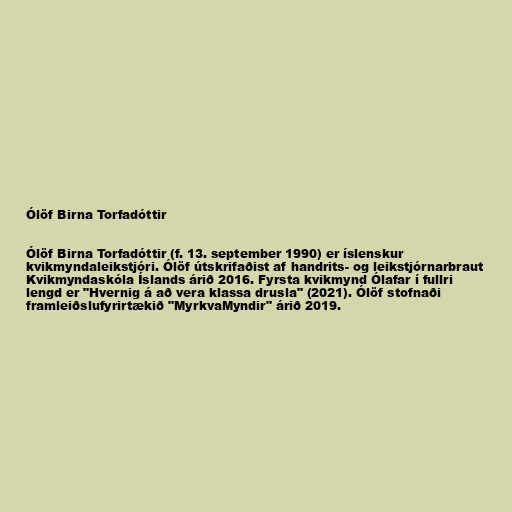
Ólöf Birna Torfadóttir

Ólöf Birna Torfadóttir (f. 13. september 1990) er íslenskur
kvikmyndaleikstjóri. Ólöf útskrifaðist af handrits- og leikstjórnarbraut
Kvikmyndaskóla Íslands árið 2016. Fyrsta kvikmynd Ólafar í fullri
lengd er "Hvernig á að vera klassa drusla" (2021). Ólöf stofnaði
framleiðslufyrirtækið "MyrkvaMyndir" árið 2019.